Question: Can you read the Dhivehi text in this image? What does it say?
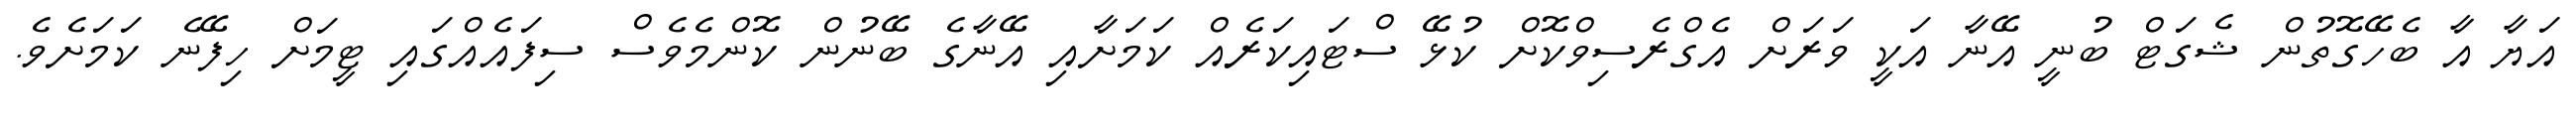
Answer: އަޔާ އާ ބެހޭގޮތުން ޝެގަޓް ބުނީ އޭނާ އަކީ ވަރަށް އެގްރެސިވްކޮށް ކުޅޭ ސްޓައިކަރެއް ކަމަށާއި އޭނާގެ ބޭނުން ކޮންމެވެސް ސިފައެއްގައި ޓީމަށް ހިފޭނެ ކަމަށެވެ.